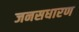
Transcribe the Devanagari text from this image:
जनसधारण